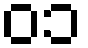
၀၁